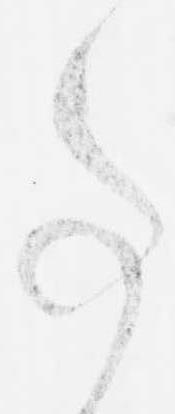
事